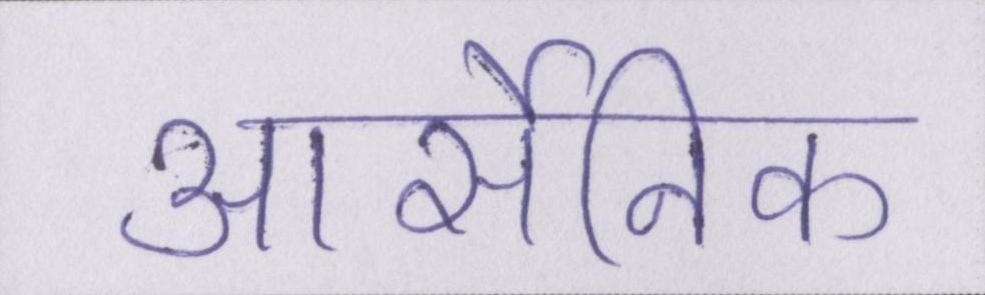
आर्सेनिक